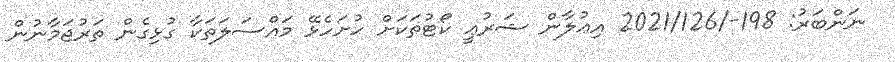
ނަންބަރު: 198-/2021/126 އިޢުލާން ޝަރުޢީ ކޯޓުތަކަށް ހުށަހެޅޭ މައްސަލަތަކާ ގުޅިގެން ތަރުޖަމާނުން